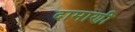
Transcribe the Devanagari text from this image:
दामाणी